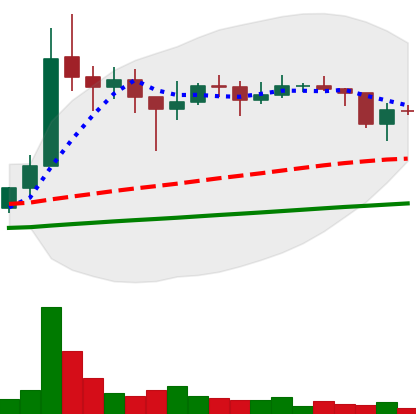
Ticker: XLM-USD
Chart end date: 2021-01-23
Forward return: 8.336%
Label: up_7plus